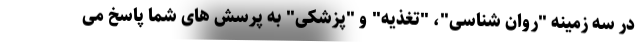
در سه زمینه "روان شناسی"، "تغذیه" و "پزشکی" به پرسش های شما پاسخ می